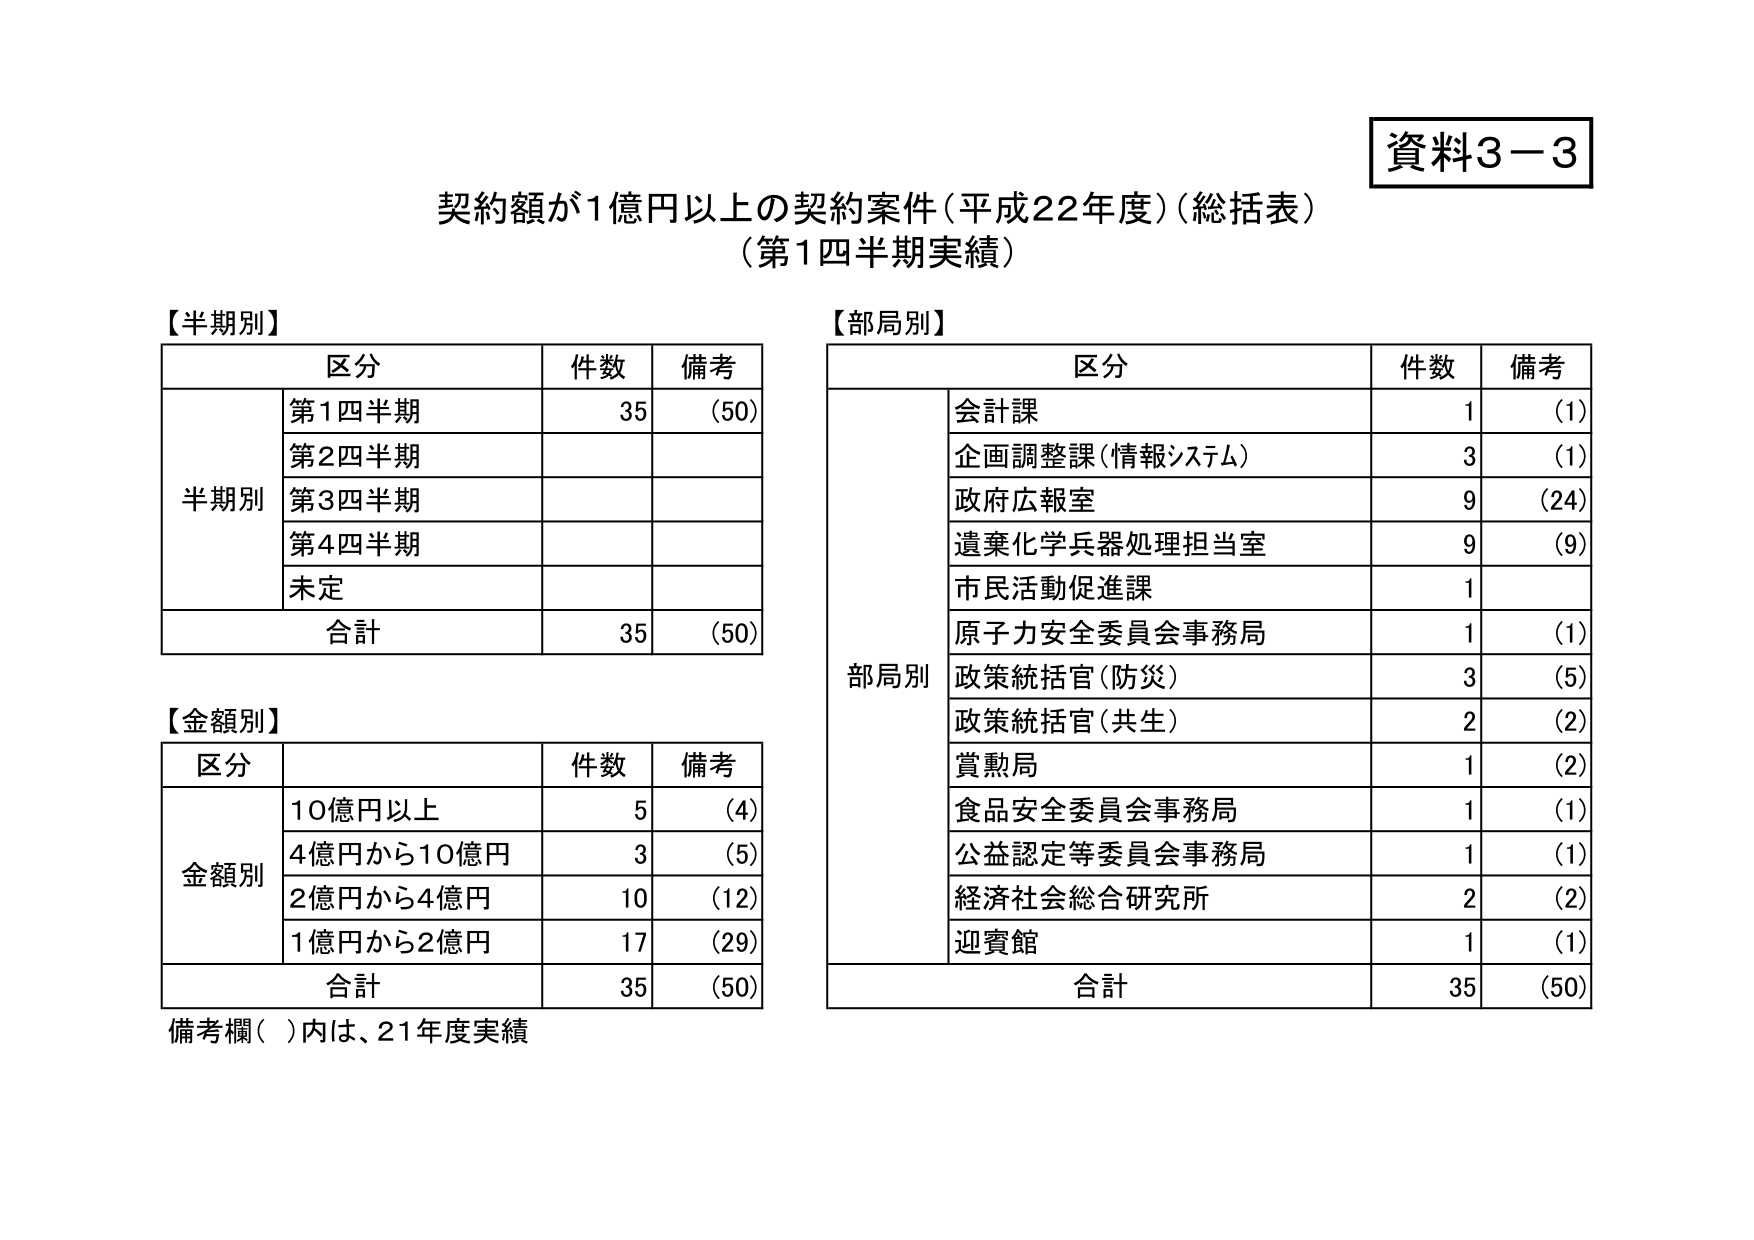
資料3－3
契約額が1億円以上の契約案件（平成22年度）（総括表）
（第1四半期実績）

【半期別】
区分　件数　備考
半期別　第1四半期　35　（50）
　　　　第2四半期
　　　　第3四半期
　　　　第4四半期
　　　　未定
合計　35　（50）

【金額別】
区分　件数　備考
金額別　10億円以上　5　（4）
　　　　4億円から10億円　3　（5）
　　　　2億円から4億円　10　（12）
　　　　1億円から2億円　17　（29）
合計　35　（50）

【部局別】
区分　件数　備考
部局別　会計課　1　（1）
　　　　企画調整課（情報システム）　3　（1）
　　　　政府広報室　9　（24）
　　　　遺棄化学兵器処理担当室　9　（9）
　　　　市民活動促進課　1
　　　　原子力安全委員会事務局　1　（1）
　　　　政策統括官（防災）　3　（5）
　　　　政策統括官（共生）　2　（2）
　　　　賞勲局　1　（2）
　　　　食品安全委員会事務局　1　（1）
　　　　公益認定等委員会事務局　1　（1）
　　　　経済社会総合研究所　2　（2）
　　　　迎賓館　1　（1）
合計　35　（50）

備考欄（　）内は、21年度実績